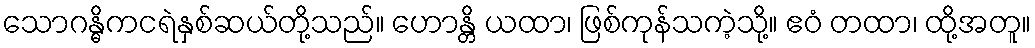
သောဂန္ဓိကငရဲနှစ်ဆယ်တို့သည်။ ဟောန္တိ ယထာ၊ ဖြစ်ကုန်သကဲ့သို့။ ဧဝံ တထာ၊ ထို့အတူ။